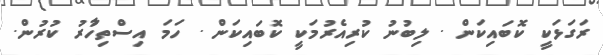
ރަގަޅަކީ ކޮބައިކަން . ލިބުނު ކުރިއެރުމަކީ ކޮބައިކަން . ހަމަ އިސްތިހާުރު ކުރުން.